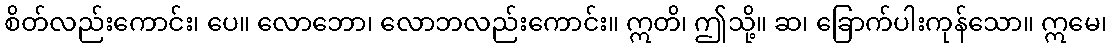
စိတ်လည်းကောင်း၊ ပေ။ လောဘော၊ လောဘလည်းကောင်း။ ဣတိ၊ ဤသို့။ ဆ၊ ခြောက်ပါးကုန်သော။ ဣမေ၊